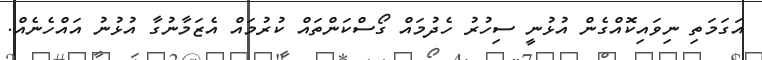
އަގަމަތި ނިވައިކޮއްގެން އުޅުނީ ސިހުރު ހެދުމައް ގޯސްކަންތައް ކުރުމައް އެޒަމާނުގާ އުޅުނު އައްހެނެއް.